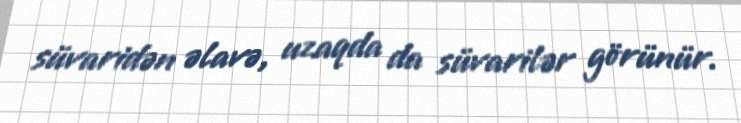
süvaridən əlavə, uzaqda da süvarilər görünür.